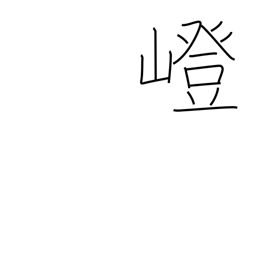
Meaning: uphill path